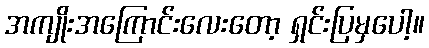
အကျိုးအကြောင်းလေးတော့ ရှင်းပြမှပေါ့။